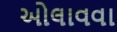
ઓલાવવા